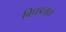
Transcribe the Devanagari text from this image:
बिघडलाय